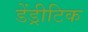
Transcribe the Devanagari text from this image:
डेंड्रीटिक